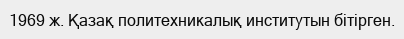
1969 ж. Қазақ политехникалық институтын бітірген.